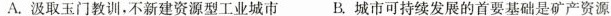
A.汲取玉门教训，不新建资源型工业城市B.城市可持续发展的首要基础是矿产资源